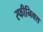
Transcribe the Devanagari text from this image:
स्फीनिक्स